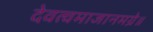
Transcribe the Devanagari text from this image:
देवत्वमाजानमग्रे॥